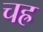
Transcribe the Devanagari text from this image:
चह्र